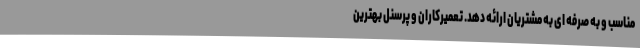
مناسب و به صرفه ای به مشتریان ارائه دهد. تعمیرکاران و پرسنل بهترین